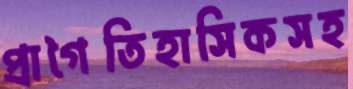
প্রাগৈতিহাসিকসহ